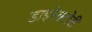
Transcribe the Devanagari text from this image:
डाइरेक्टोरी